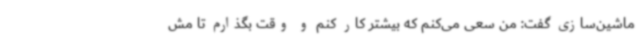
ماشین‌سازی گفت: من سعی می‌کنم که بیشتر کار کنم و وقت بگذارم تا مش